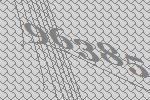
96385